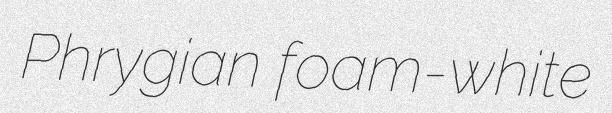
Phrygian foam-white